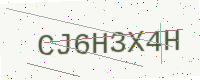
Text: CJ6H3X4H